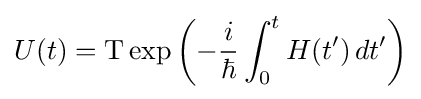
U(t)=\mathrm {T} \exp \left({-{\frac {i}{\hbar }}\int _{0}^{t}H(t')\,dt'}\right)